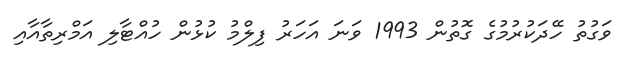
ވަގުތު ހޭދަކުރުމުގެ ގޮތުން 1993 ވަނަ އަހަރު ފިލްމު ކުޅުން ހުއްޓާލި އަމްރިތާއާއި